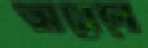
অয়েলে